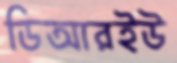
ডিআরইউ